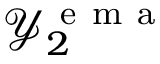
\mathcal { Y } _ { 2 } ^ { \mathrm { ~ e ~ m ~ a ~ } }